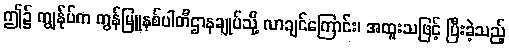
ဤ၌ ကျွန်ုပ်က ကွန်မြူနစ်ပါတီဌာနချုပ်သို့ လာချင်ကြောင်း၊ အထူးသဖြင့် ပြီးခဲ့သည့်